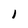
Character: 1